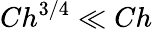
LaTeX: Ch^{3/4}\ll Ch